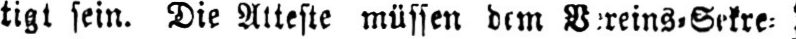
tigt sein. Die Atteste müssen dem Vereins⸗Sekre⸗